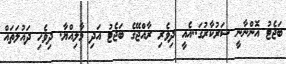
ބަޖެޓު އޮންނާނީ ސަރުކާރުގަ..އެއީ ދިވެރި ރާއްޖޭގެ ބަޖެޓު އަދި މާލިއްޔާ. ދިވެހި ދައުލަތައް